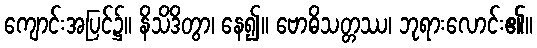
ကျောင်းအပြင်၌။ နိသိဒိတွာ၊ နေ၍။ ဗောဓိသတ္တဿ၊ ဘုရားလောင်း၏။